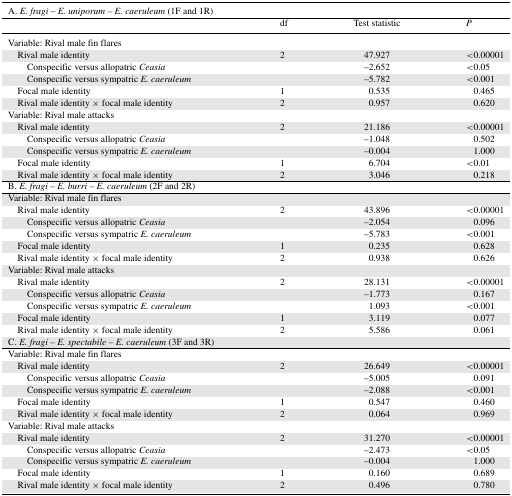
<table><thead><tr><td colspan="4"><b>A. <i>E. fragi</i> – <i>E. uniporum – E. caeruleum</i> (1F and 1R)</b></td></tr><tr><td></td><td><b>df</b></td><td><b>Test statistic</b></td><td><b><i>P</i></b></td></tr></thead><tbody><tr><td>Variable: Rival male fin flares</td><td></td><td></td><td></td></tr><tr><td>Rival male identity</td><td>2</td><td>47.927</td><td>&lt;0.00001</td></tr><tr><td>Conspecific versus allopatric <i>Ceasia</i></td><td></td><td>–2.652</td><td>&lt;0.05</td></tr><tr><td>Conspecific versus sympatric <i>E. caeruleum</i></td><td></td><td>–5.782</td><td>&lt;0.001</td></tr><tr><td>Focal male identity</td><td>1</td><td>0.535</td><td>0.465</td></tr><tr><td>Rival male identity × focal male identity</td><td>2</td><td>0.957</td><td>0.620</td></tr><tr><td>Variable: Rival male attacks</td><td></td><td></td><td></td></tr><tr><td>Rival male identity</td><td>2</td><td>21.186</td><td>&lt;0.00001</td></tr><tr><td>Conspecific versus allopatric <i>Ceasia</i></td><td></td><td>–1.048</td><td>0.502</td></tr><tr><td>Conspecific versus sympatric <i>E. caeruleum</i></td><td></td><td>–0.004</td><td>1.000</td></tr><tr><td>Focal male identity</td><td>1</td><td>6.704</td><td>&lt;0.01</td></tr><tr><td>Rival male identity × focal male identity</td><td>2</td><td>3.046</td><td>0.218</td></tr><tr><td colspan="4">B. <i>E. fragi – E. burri – E. caeruleum</i> (2F and 2R)</td></tr><tr><td>Variable: Rival male fin flares</td><td></td><td></td><td></td></tr><tr><td>Rival male identity</td><td>2</td><td>43.896</td><td>&lt;0.00001</td></tr><tr><td>Conspecific versus allopatric <i>Ceasia</i></td><td></td><td>–2.054</td><td>0.096</td></tr><tr><td>Conspecific versus sympatric <i>E. caeruleum</i></td><td></td><td>–5.783</td><td>&lt;0.001</td></tr><tr><td>Focal male identity</td><td>1</td><td>0.235</td><td>0.628</td></tr><tr><td>Rival male identity × focal male identity</td><td>2</td><td>0.938</td><td>0.626</td></tr><tr><td>Variable: Rival male attacks</td><td></td><td></td><td></td></tr><tr><td>Rival male identity</td><td>2</td><td>28.131</td><td>&lt;0.00001</td></tr><tr><td>Conspecific versus allopatric <i>Ceasia</i></td><td></td><td>–1.773</td><td>0.167</td></tr><tr><td>Conspecific versus sympatric <i>E. caeruleum</i></td><td></td><td>1.093</td><td>&lt;0.001</td></tr><tr><td>Focal male identity</td><td>1</td><td>3.119</td><td>0.077</td></tr><tr><td>Rival male identity × focal male identity</td><td>2</td><td>5.586</td><td>0.061</td></tr><tr><td>C. <i>E. fragi – E. spectabile – E. caeruleum</i> (3F and 3R)</td><td></td><td></td><td></td></tr><tr><td>Variable: Rival male fin flares</td><td></td><td></td><td></td></tr><tr><td>Rival male identity</td><td>2</td><td>26.649</td><td>&lt;0.00001</td></tr><tr><td>Conspecific versus allopatric <i>Ceasia</i></td><td></td><td>–5.005</td><td>0.091</td></tr><tr><td>Conspecific versus sympatric <i>E. caeruleum</i></td><td></td><td>–2.088</td><td>&lt;0.001</td></tr><tr><td>Focal male identity</td><td>1</td><td>0.547</td><td>0.460</td></tr><tr><td>Rival male identity × focal male identity</td><td>2</td><td>0.064</td><td>0.969</td></tr><tr><td>Variable: Rival male attacks</td><td></td><td></td><td></td></tr><tr><td>Rival male identity</td><td>2</td><td>31.270</td><td>&lt;0.00001</td></tr><tr><td>Conspecific versus allopatric <i>Ceasia</i></td><td></td><td>–2.473</td><td>&lt;0.05</td></tr><tr><td>Conspecific versus sympatric <i>E. caeruleum</i></td><td></td><td>–0.004</td><td>1.000</td></tr><tr><td>Focal male identity</td><td>1</td><td>0.160</td><td>0.689</td></tr><tr><td>Rival male identity × focal male identity</td><td>2</td><td>0.496</td><td>0.780</td></tr></tbody></table>